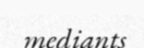
mediants